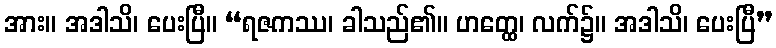
အား။ အဒါသိ၊ ပေးပြီ။ “ရဇကဿ၊ ခါသည်၏။ ဟတ္ထေ၊ လက်၌။ အဒါသိ၊ ပေးပြီ”